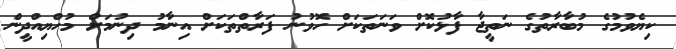
ކިޔެވުމުގެ މުބާރާތުގެ ނަތީޖާ ފާޅުކޮށް ވަނަތަކަށް ހޮވުނު ފަރާތްތަކަށް އިނާމު ދިނުމަށް މުހްޔިއްދީން